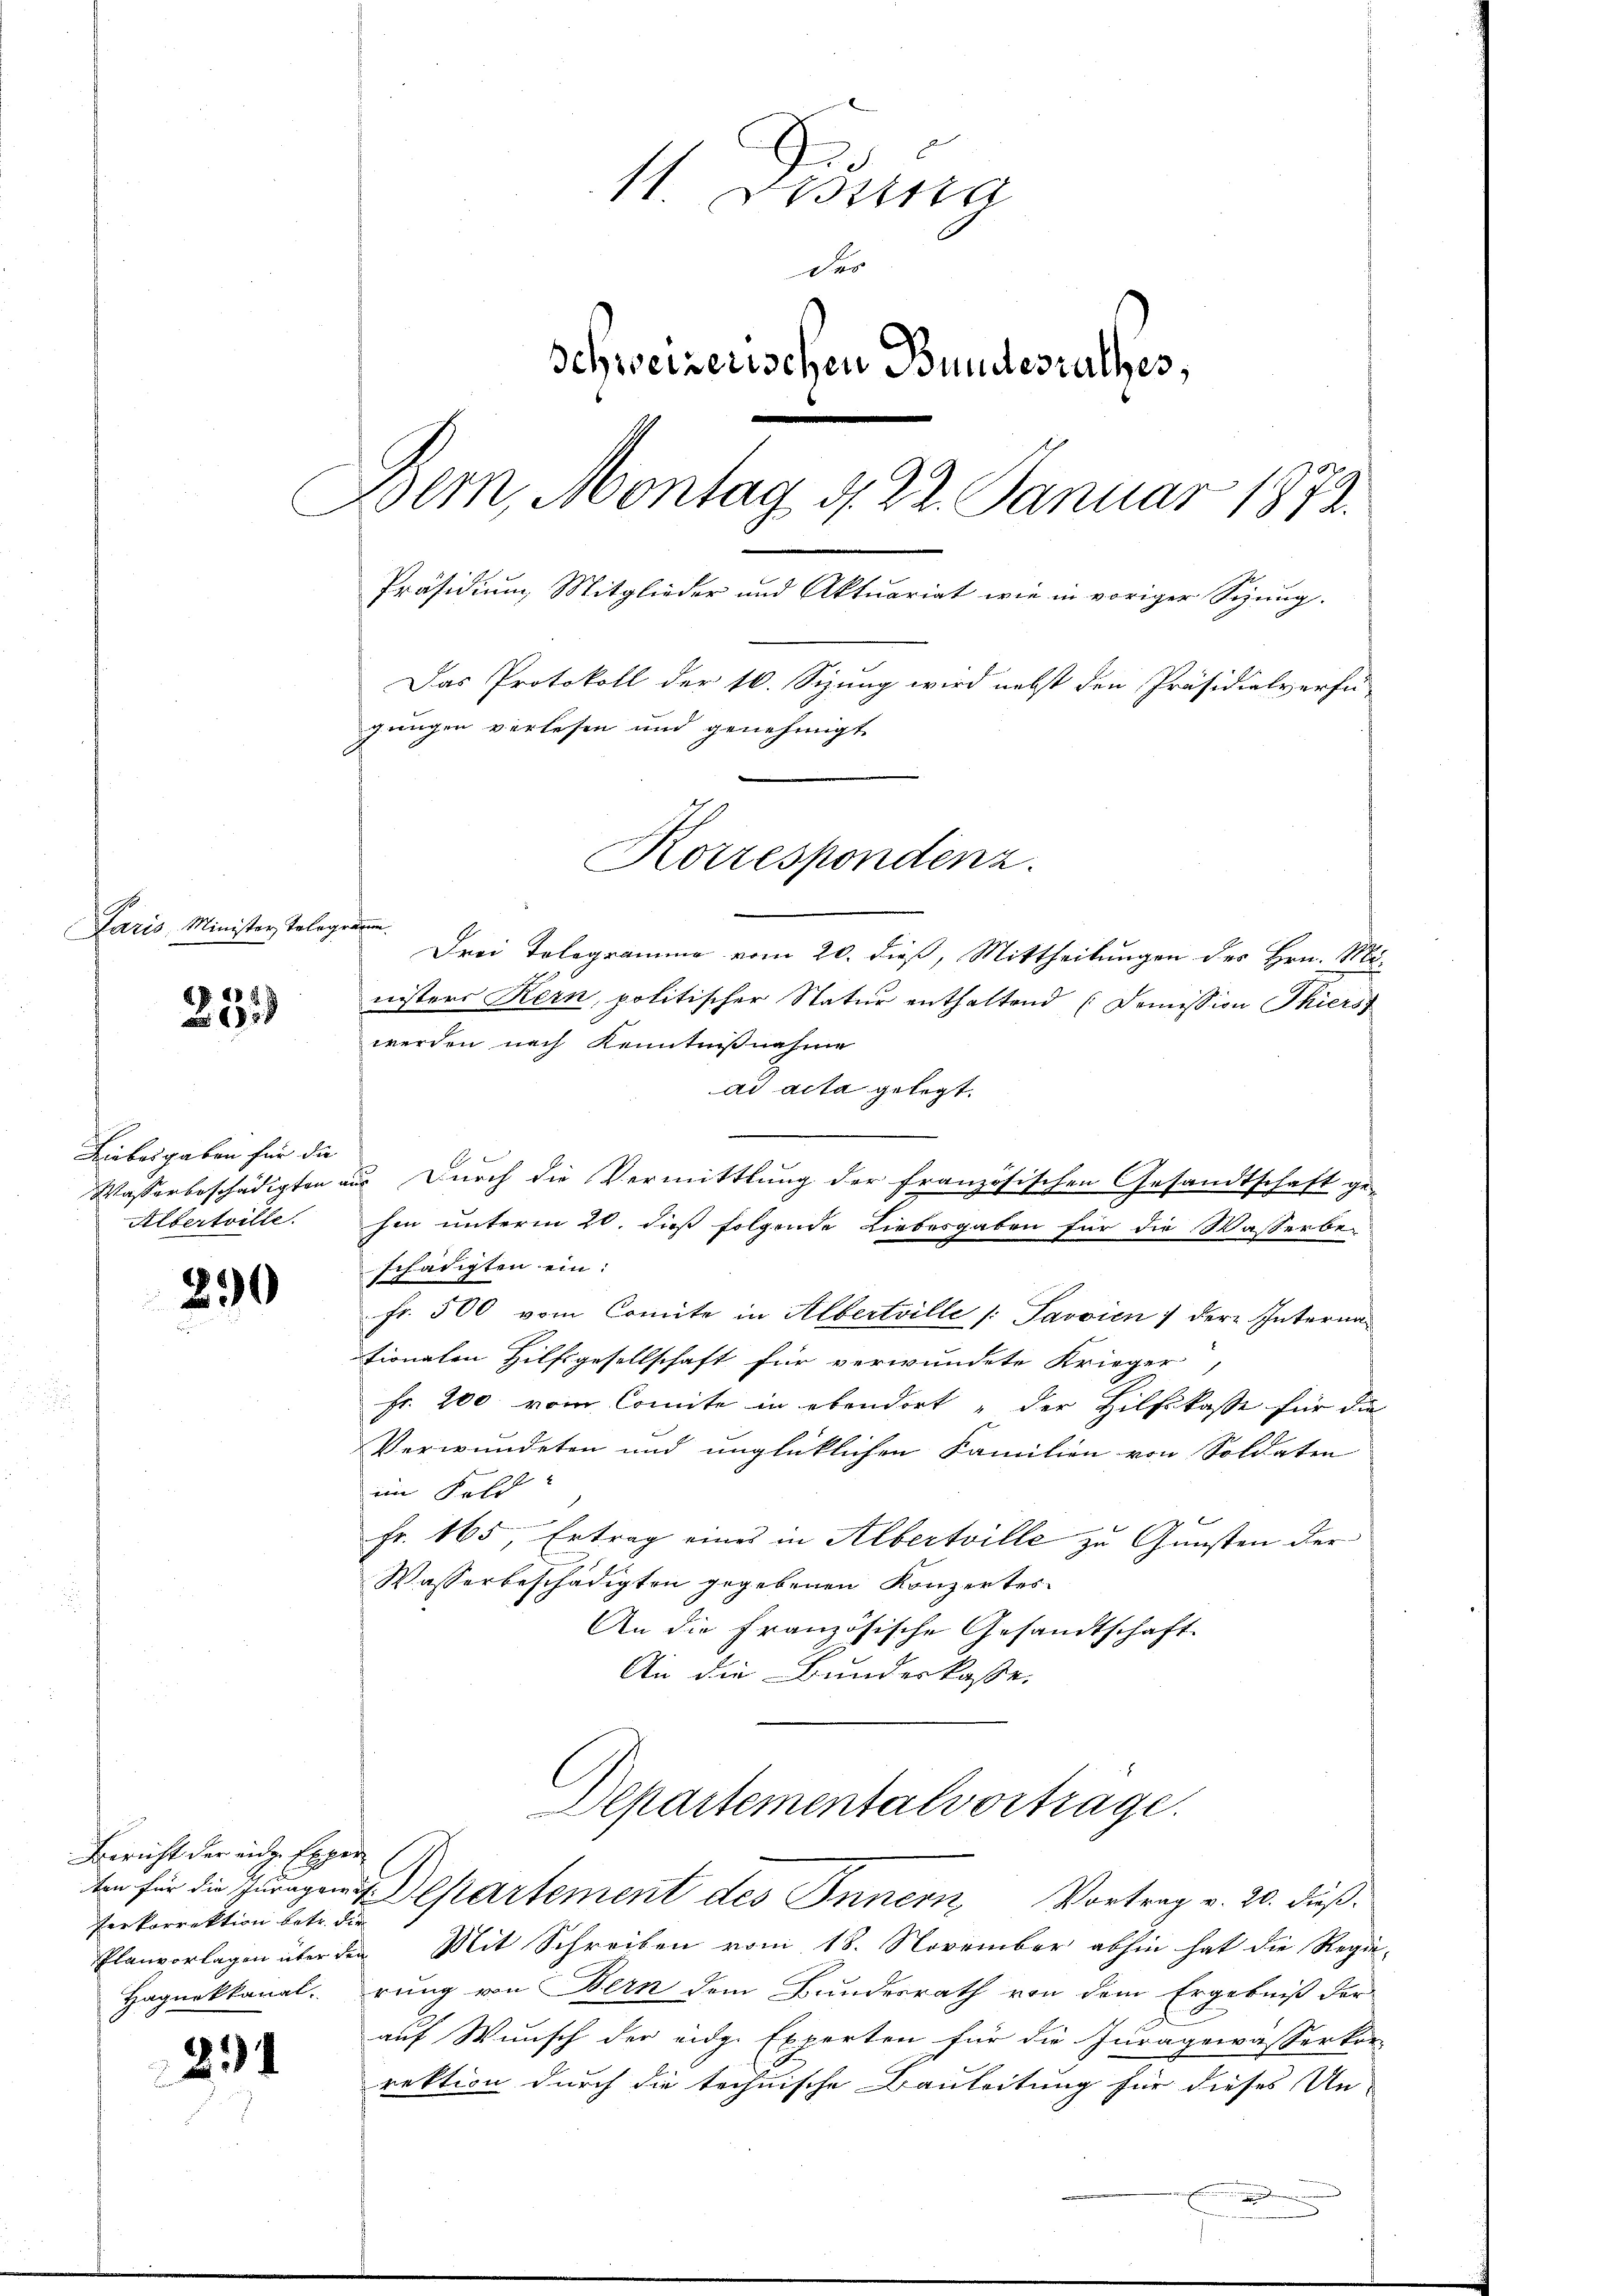
Paris Minister, Tolog.

20

Liebesgaben für die
Albertrille.

250

Bericht der eine Experverkorrektion betr. die

24

11. Dessina
des
Schweizerischen Bundesrathes,
Bern, Montag d. 22. Januar 1872.
Präsidiŭm Mitglieder und Aktuarirt wie in voriger Sigŭng.
Das Protokoll der 10. Sizung wird nebst den Präsidialverfü-
gungen verlesen und genehmigt
Korrespondenz.

efin
Drei Tologramme vom 20. dieß, Mittheilungen des Hrn. Mönisters Kern, politischer Natur enthaltend Domission Thiers
werden nach Kenntnißnahme
ad acta gelegt.

Wasserbeschädigten aus Durch die Vermittlung der französischen Gesandtschaft ge-
hen unterm 20. dieß folgende Liebesgaben für die Wasserbe-
schädigten ein:
fr. 500 vom Comite in Albertrille (: Savoicn / der Internationaten Hilfsgesellschaft für verwundete Krieger,
Fr. 200 vom Comite in ebendort „der Hilfskasse für die
Verwundeten und unglücklichen Familien von Soldaten
im Feld
Fr. 165, Ertrag eines in Albertrille zu Gunsten der
Wasserbeschädigten gegebenen Konzertes
An die Französische Gesandtschaft.
An die Bundeskasse.
Separtementalvortrage.
ten für die Paragen Departement des Innern Vortrag v. 20. Fuß.
Planvorlagen über den Mit Schreiben vom 18. November abhin hat die Regie-
Hagnokkanal rung von Bern dem Bundesrath von dem Ergebniß der
auf Wunsch der eidg. Experten für die Juragewässerkor-
rektion durch die technische Bauleitung für dieses Un-